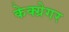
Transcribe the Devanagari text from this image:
केक्ग्रेगर